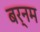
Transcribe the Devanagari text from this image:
बर्नम